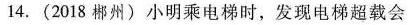
14.(2018郴州)小明乘电梯时，发现电梯超载会